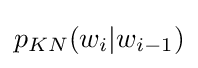
p_{KN}(w_{i}|w_{i-1})